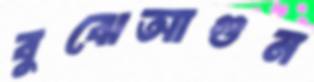
বুঝেআগুন